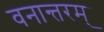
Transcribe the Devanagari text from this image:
वनान्तरम्